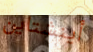
أينشتاين